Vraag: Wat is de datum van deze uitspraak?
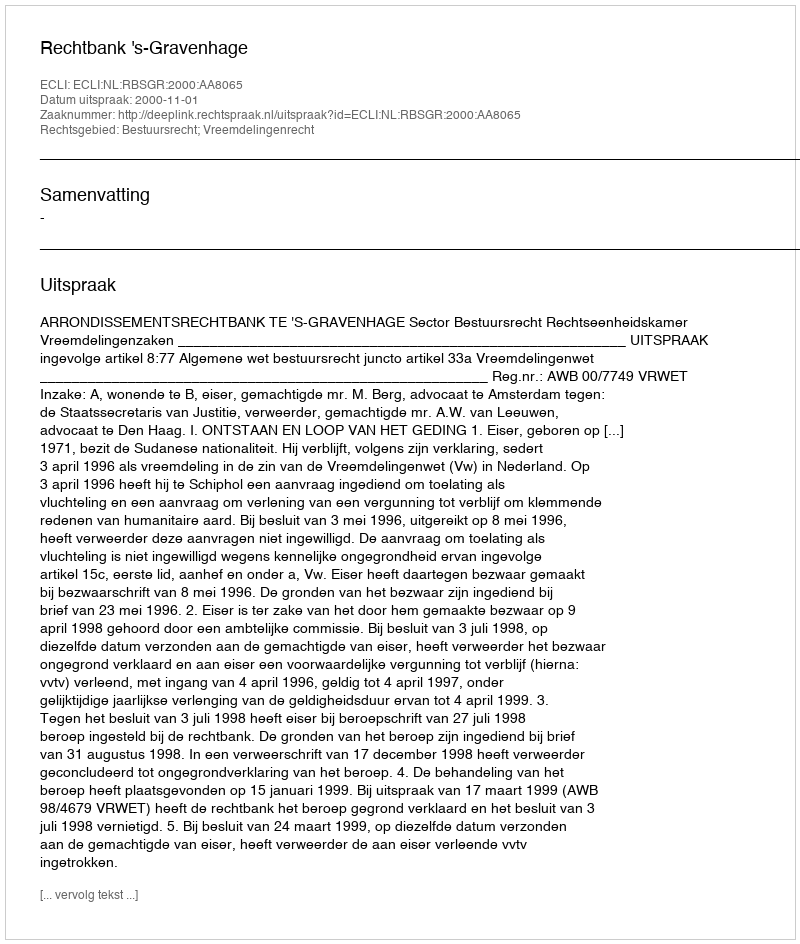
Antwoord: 2000-11-01